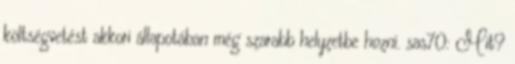
költségvetést akkori állapotában még szarabb helyzetbe hozni. sas70: Mit?